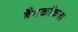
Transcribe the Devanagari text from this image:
बँगकॉकला